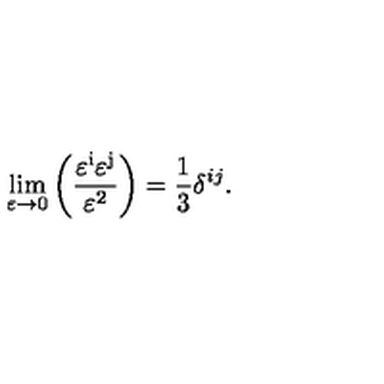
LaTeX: \lim _ { { \mathrm { \boldmath \varepsilon } } \to 0 } \left( \frac { \mathrm { { \boldmath \varepsilon ^ i } } \mathrm { { \boldmath \varepsilon ^ j } } } { { \mathrm { \boldmath \varepsilon } } ^ { 2 } } \right) = \frac { 1 } { 3 } \delta ^ { i j } .